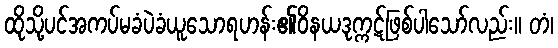
ထိုသို့ပင်အကပ်မခံပဲခံယူသောရဟန်း၏ဝိနယဒုက္ကဋ်ဖြစ်ပါသော်လည်း။ တံ၊